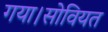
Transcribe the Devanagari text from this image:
गया।सोवियत